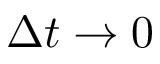
\Delta t \to 0